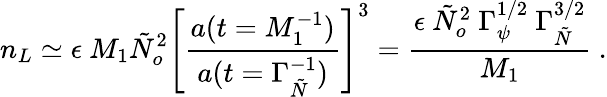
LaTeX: n_{L}\simeq\epsilon~M_{1}\tilde{N}_{o}^{2}\left[{\frac{a(t=M_{1}^{-1})}{a(t=\Gamma_{\tilde{N}}^{-1})}}\right]^{3}={\frac{\epsilon~\tilde{N}_{o}^{2}~\Gamma_{\psi}^{1/2}~\Gamma_{\tilde{N}}^{3/2}}{M_{1}}}~.